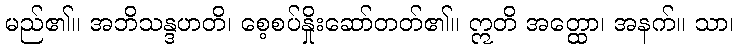
မည်၏။ အဘိသန္ဒဟတိ၊ စေ့စပ်နှိုးဆော်တတ်၏။ ဣတိ အတ္ထော၊ အနက်။ သာ၊